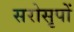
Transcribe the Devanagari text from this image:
सरोसृपों